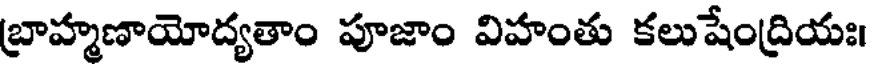
బ్రాహ్మణాయోద్యతాం పూజాం విహంతు కలుషేంద్రియః।